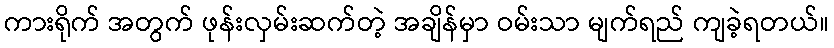
ကားရိုက် အတွက် ဖုန်းလှမ်းဆက်တဲ့ အချိန်မှာ ဝမ်းသာ မျက်ရည် ကျခဲ့ရတယ်။